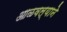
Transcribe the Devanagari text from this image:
आळवल्याने